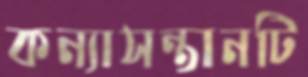
কন্যাসন্তানটি